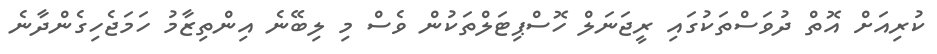
ކުރިއަށް އޮތް ދުވަސްތަކުގައި ރީޖަނަލް ހޮސްޕިޓަލްތަކުން ވެސް މި ލިބޭނެ އިންތިޒާމު ހަމަޖެހިގެންދާނެ